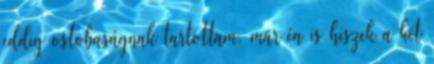
eddig ostobaságnak tartottam, már én is hiszek a két